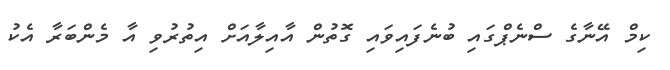
ކިމް އޭނާގެ ސްނެޕްގައި ބުނެފައިވައި ގޮތުން އާއިލާއަށް އިތުރުވި އާ މެންބަރާ އެކު